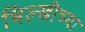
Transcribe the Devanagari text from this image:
भिल्खीच्या